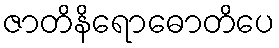
ဇာတိနိရောဓောတိပေ